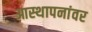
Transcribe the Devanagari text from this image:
आस्‍थापनांवर